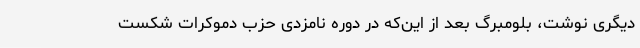
دیگری نوشت، بلومبرگ بعد از این‌که در دوره نامزدی حزب دموکرات شکست